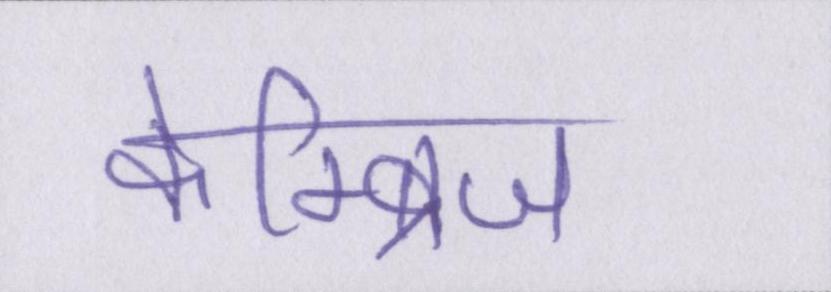
केम्ब्रिज